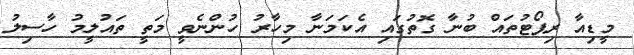
މީޑިއާ ރިޕޯޓުތައް ބުނާ ގޮތުގައި އެކަމަނާ މިހާރު ހުންނެވީ މަތީ ތައުލީމު ހާސިލު